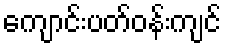
ကျောင်းပတ်ဝန်းကျင်